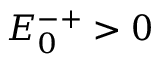
E _ { 0 } ^ { - + } > 0